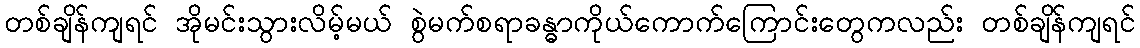
တစ်ချိန်ကျရင် အိုမင်းသွားလိမ့်မယ် စွဲမက်စရာခန္ဓာကိုယ်ကောက်ကြောင်းတွေကလည်း တစ်ချိန်ကျရင်